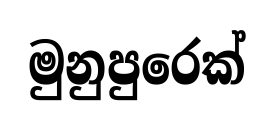
මුනුපුරෙක්